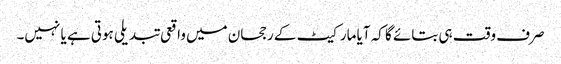
صرف وقت ہی بتائے گا کہ آیا مارکیٹ کے رجحان میں واقعی تبدیلی ہوتی ہے یا نہیں۔